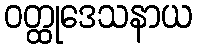
ဝတ္ထုဒေသနာယ